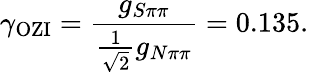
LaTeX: \gamma_{\mathrm{OZI}}=\frac{g_{S\pi\pi}}{\frac{1}{\sqrt{2}}g_{N\pi\pi}}=0.135.